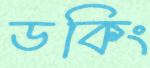
ডকিং